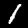
Label: 1